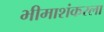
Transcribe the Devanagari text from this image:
भीमाशंकरला